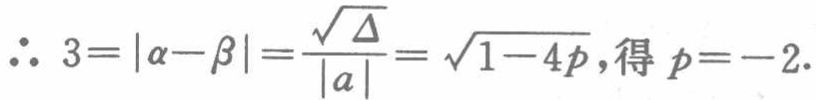
\(\therefore 3 = |\alpha - \beta|=\frac{\sqrt{\Delta}}{|a|}=\sqrt{1 - 4p},得\ p = - 2.\)